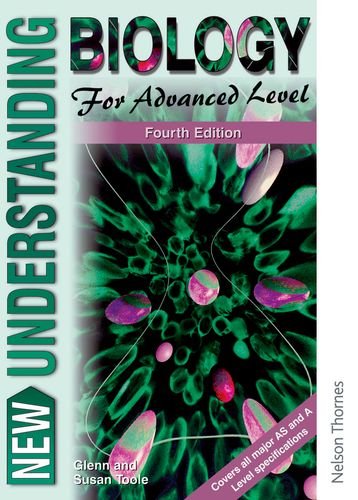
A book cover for New Understanding Biology for Advanced Level Fourth Edition; Glenn Toole; Teen & Young Adult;